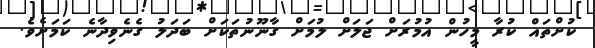
ކުށްތައް ކުރާ މީހުން އުމުރަށް ޖަލަށް ލުމަށް ގާނޫނުތަކަށް ބަދަލު ގެނެވިދާނެ ކަމަށެވެ.